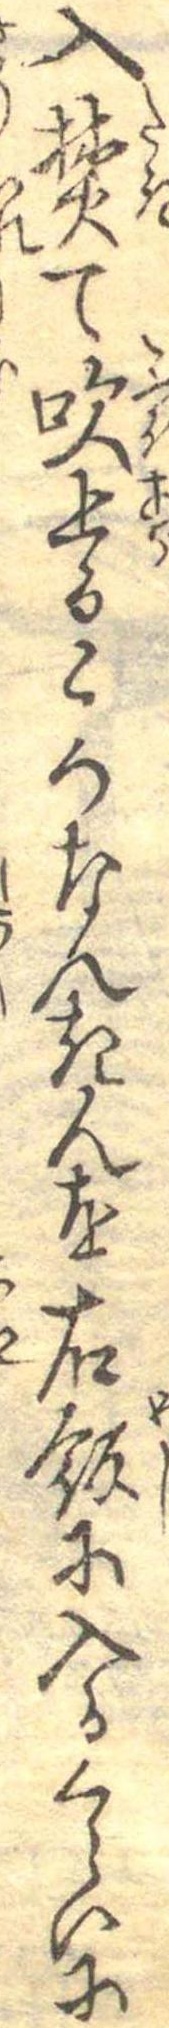
入焚て吹上るころなんきんを右飯に入るくらいに